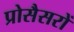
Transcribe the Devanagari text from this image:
प्रोसैसरों